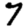
Digit: 7